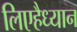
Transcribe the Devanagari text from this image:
लिएहैध्यान